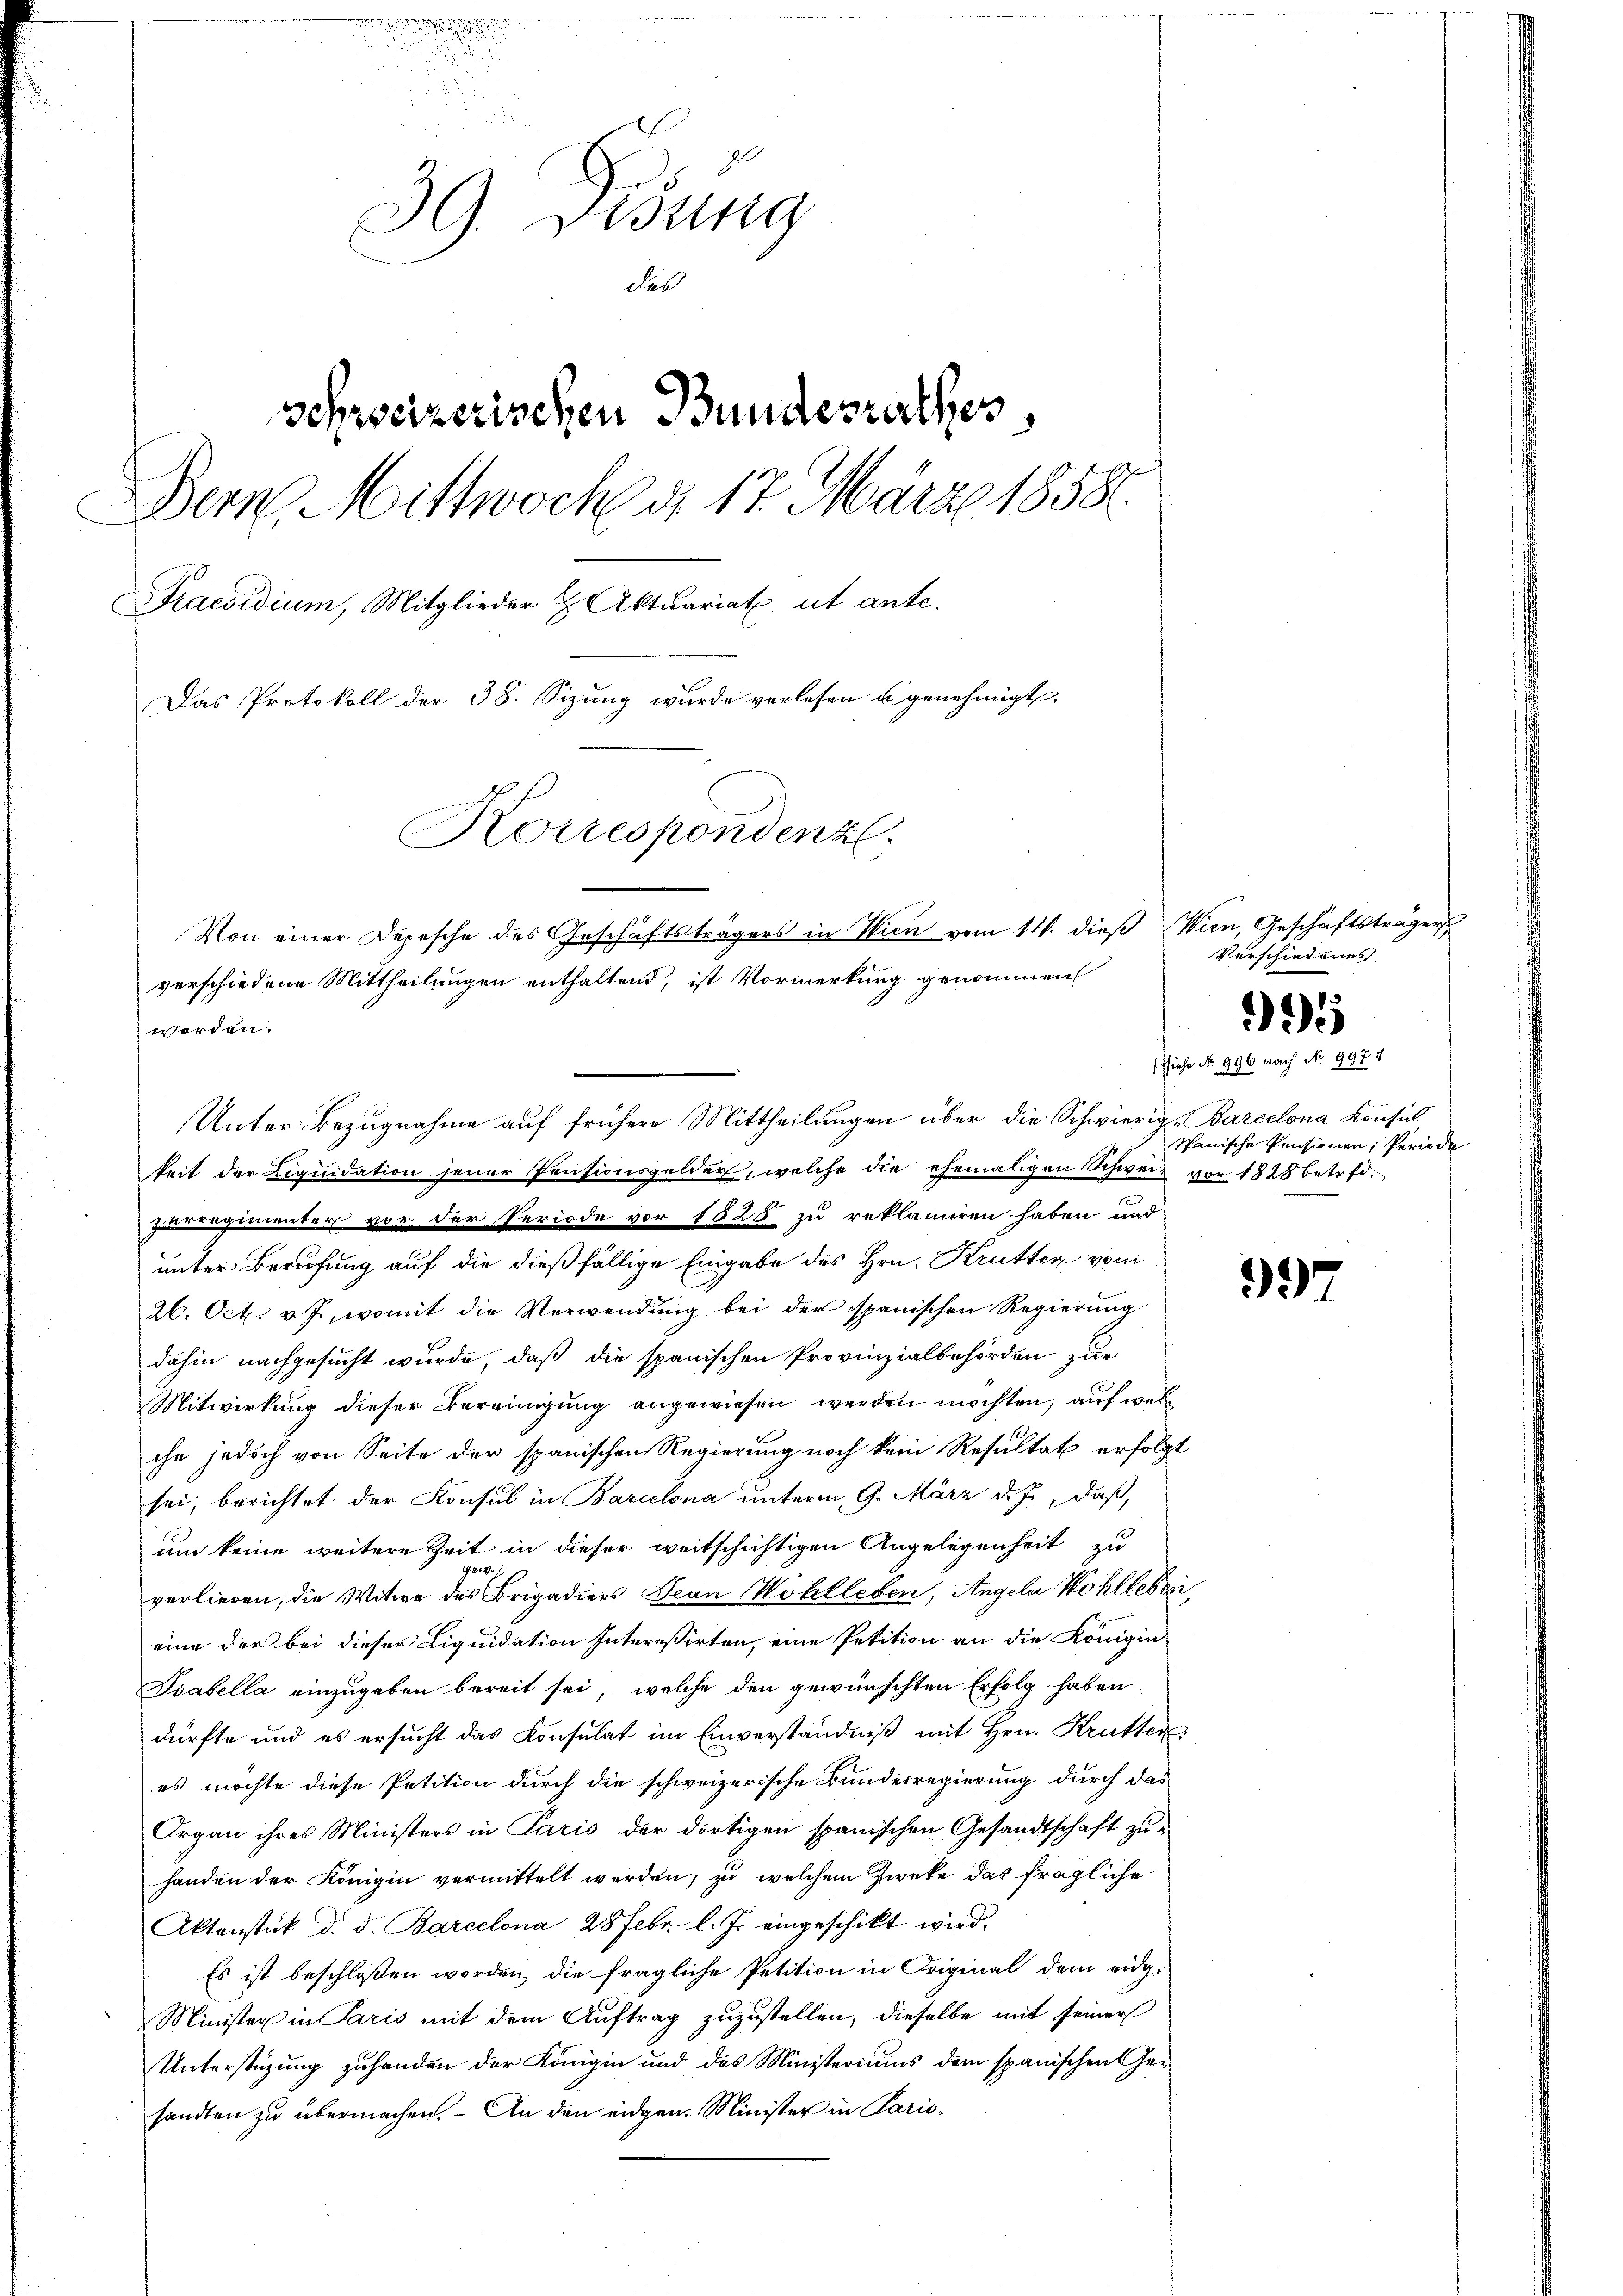
39. Disung
des
schweizerischen Bundesrathes
Der Mittwoch d. 17. März 1858.
Praesidium, Mitglieder & Aktuariat ut ante.
Das Protokoll der 38. Sizung wurde verlesen u genehmigt.
Korrespondenz.
Von einer Depesche des Geschäftsträgers in Wien vom 14. dieß Wien Geschäftsträger
verschiedene Mittheilungen enthaltend, ist Vormerkung genommen
worden.

keit der Liquidation jener Pensionsgelder, welche die ehemaligen Schweiz vor 1828 betrefzuegimenter vor der Periode vor 1525 zu reklamiren haben und
unter Berufung auf die dießfällige Eingabe des Hrn. Krütten vom
26. Oct. v. J., womit die Verwendung bei der spanischen Regierung
dahin nachgesucht wurde, daß die spanischen Provinzialbehörden zur
Mitwirkung dieser Bereinigung angewiesen werden möchten, auf welc
che jedoch von Seite der spanischen Regierung noch kein Resultat erfolgt
sei, berichtet der Konsul in Barcelona unterm 9. März d. J., daß,
um keine weitere Zeit in dieser weitschichtigen Angelegenheit zu
u
verlieren, die Witwe des Brigadiers Dran Wohlleben, Angela Wohlleben
eine der bei dieser Liquidation Intereßirten, eine Petition an die Königin
Tabella einzugeben bereit sei, welche den gewünschten Erfolg haben
dürfte und es ersucht das Konsulat im Einverständniß mit Hrn. Krutter
es möchte diese Petition durch die schweizerische Bundesregierung durch das
Organ ihres Ministers in Paris der dortigen spanischen Gesandtschaft zu-
handen der Königin vermittelt werden, zu welchem Zweke das fragliche
Aktenstück d. d. Barcelona 28 Febr. l. J. eingeschikt wird.
Es ist beschloßen worden, die fragliche Petition in Original dem eidg¬
Minister in Paris mit dem Auftrag zuzustellen, dieselbe mit seiner
Unterstüzung zuhanden der Königin und des Ministeriums dem spanischen Ge-
sandten zu übermachen. An den eidgen. Minister in Paris¬

Unter Bezugnahme auf frühere Mittheilungen über die Schwierig-Barcelona Konsich

Verschiedenes

395

schiehe No 996 nach No. 9977
spanische Pensionen, Periode

997